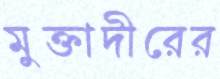
মুক্তাদীরের